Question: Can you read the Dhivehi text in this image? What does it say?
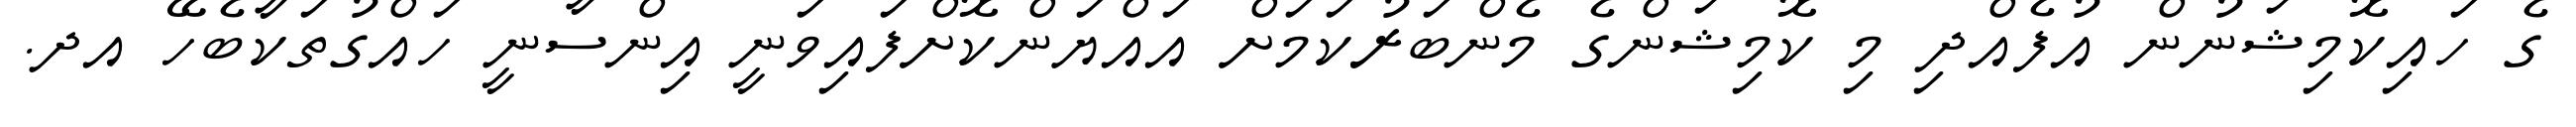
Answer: ގެ ހައިކޮމިޝަނުން އުފެއްދި މި ކޮމިޝަންގެ މެންބަރުކަމަށް އައްޔަންކޮށްފައިވަނީ އިންސާނީ ހައްގުތަކާބެހޭ އދ.